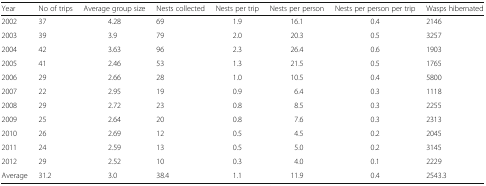
<table><thead><tr><td><b>Year</b></td><td><b>No of trips</b></td><td><b>Average group size</b></td><td><b>Nests collected</b></td><td><b>Nests per trip</b></td><td><b>Nests per person</b></td><td><b>Nests per person per trip</b></td><td><b>Wasps hibernated</b></td></tr></thead><tbody><tr><td>2002</td><td>37</td><td>4.28</td><td>69</td><td>1.9</td><td>16.1</td><td>0.4</td><td>2146</td></tr><tr><td>2003</td><td>39</td><td>3.9</td><td>79</td><td>2.0</td><td>20.3</td><td>0.5</td><td>3257</td></tr><tr><td>2004</td><td>42</td><td>3.63</td><td>96</td><td>2.3</td><td>26.4</td><td>0.6</td><td>1903</td></tr><tr><td>2005</td><td>41</td><td>2.46</td><td>53</td><td>1.3</td><td>21.5</td><td>0.5</td><td>1765</td></tr><tr><td>2006</td><td>29</td><td>2.66</td><td>28</td><td>1.0</td><td>10.5</td><td>0.4</td><td>5800</td></tr><tr><td>2007</td><td>22</td><td>2.95</td><td>19</td><td>0.9</td><td>6.4</td><td>0.3</td><td>1118</td></tr><tr><td>2008</td><td>29</td><td>2.72</td><td>23</td><td>0.8</td><td>8.5</td><td>0.3</td><td>2255</td></tr><tr><td>2009</td><td>25</td><td>2.64</td><td>20</td><td>0.8</td><td>7.6</td><td>0.3</td><td>2313</td></tr><tr><td>2010</td><td>26</td><td>2.69</td><td>12</td><td>0.5</td><td>4.5</td><td>0.2</td><td>2045</td></tr><tr><td>2011</td><td>24</td><td>2.59</td><td>13</td><td>0.5</td><td>5.0</td><td>0.2</td><td>3145</td></tr><tr><td>2012</td><td>29</td><td>2.52</td><td>10</td><td>0.3</td><td>4.0</td><td>0.1</td><td>2229</td></tr><tr><td>Average</td><td>31.2</td><td>3.0</td><td>38.4</td><td>1.1</td><td>11.9</td><td>0.4</td><td>2543.3</td></tr></tbody></table>